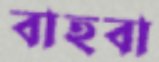
বাহবা